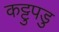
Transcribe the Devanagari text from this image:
कट्टुपडु